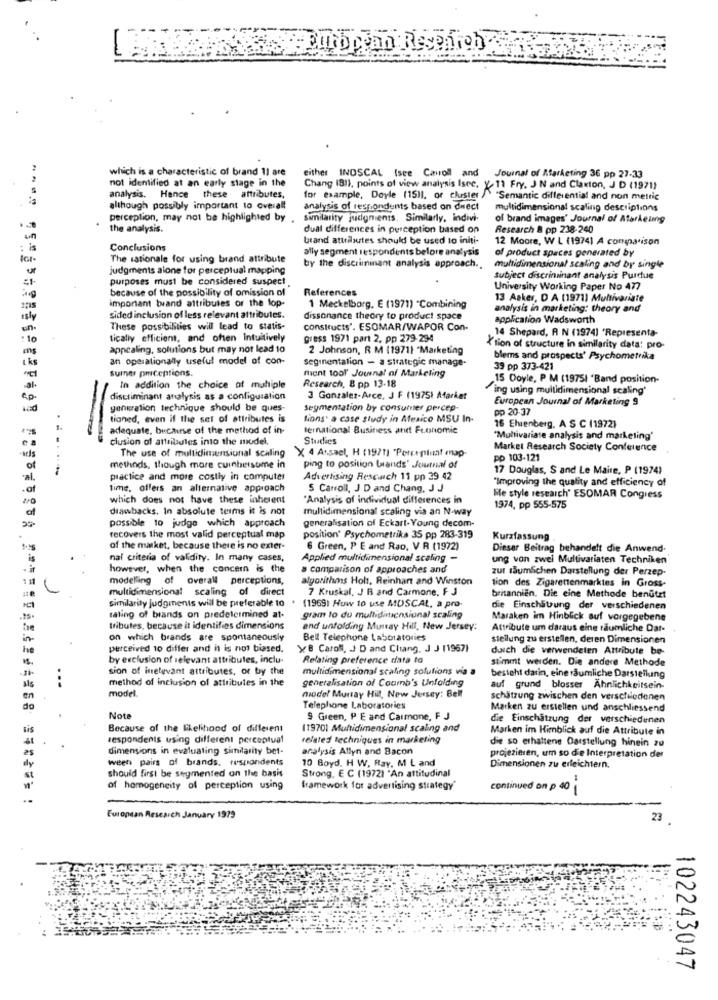
which is a characteristic of brand 11 are
either INOSCAL (see Cawoll and
Journal of Marketing 36 pp 27-33
not identified at an early stage in the
Chang 1811, points of view analysis Isec, y- 11 Fry, J N and Claxton, J D (1971)
analysis. Hence these attributes,
for example, Doyle (15)], or cluster /\ "Semantic differential and non metric
although possibly important to overall
analysis of respondents based on diect
multidimensional scaling descriptions
perception, may not be highlighted by
Similarity judgments. Similarly, indivi-
of brand images' Journal of Atorkeling
the analysis.
dual differences in perception based on
Research & pp 238-240
brand attributes should be used to initi-
12 Moore, W L (19741 A comparison
Conclusions
ally segment respondents before analysis
of product spaces generated by
The rationale for using brand attribute
ur
judgments alone for perceptual mapping
by the discriminant analysis approach.
multidimensional scaling and by single
purposes must be considered suspect,
subject discriminant analysis Purdue
because of the possibility of omission of
References
University Working Paper No 477
important band attributes or the lop-
13 Asker, D A (1971) Multivariate
2:15
1 Meckelborg, E (1971) "Combining
analysis in marketing: theory and
isly
sided inclusion of less relevant attribules.
dissonance theory to product space
application Wadsworth
These possibilities will lead to statis-
constructs'. ESOMAR/WAPOR Con-
14 Shepard, R N (1974] 'Representa-
: 10
tically efficient, and often Intuitively
gress 1971 part 2, pp 279-294
appealing, solutions but may not lead 10
2 Johnson, R M (19711 "Marketing
X'tion of structure in similarity data: pro-
1 ks
an operationally useful model of con-
seginentalion - a strategic manage-
blems and prospects' Psychometrika
sumner priceptions.
ment tool' Journal of Marketing
39 pp 373-421
Research, 8 pp 13-18
15 Doyle, P M (1975l 'Band position-
In addition the choice of multiple
"ing using multidimensional scaling'
a.p .
discriminant analysis as a configuration
3 Gonzalez-Arce, J F (19751 Market
European Journal of Marketing 9
vad
generation technique should be ques-
segmentation by consulter percep-
pp 20-37
tioned, even if the set of attributes is
Lions. a case study in Mexico MSU In-
16 Ehrenberg. A S C (1972)
-
adequate, because of the method of in-
ternational Business and Fronomic
clusion of attributes into the mudel.
"Multivariate analysis and marketing'
The use of multidimensional scaling
Market Research Society Conference
X 4 Assael, H (1971) "Perceptual map-
po 103-121
of
methinds, though more cuinbersume in
ping to position (rands' Journal of
17 Douglas, S and Le Maire, P (1974)
practice and more costly in computer
Advertising Research 11 pp 29 42
"Improving the quality and efficiency of
.of
time, offers an alternative approach
5 Carroll, J D and Chang, J J
which does not have these inherent
'Analysis of individual differences in
Me style research' ESOMAR Congress
of
drawbacks. In absolute terms it is not
multidimensional scaling via an N-way
1974, pp 555-575
possible 10 judge which approach
generalisation of Eckart-Young decom-
recovers the most valid perceptual map
position' Psychometrika 35 pp 283-319
Kurzfassung
of the market, because there is no exter-
6 Green, P E and Rap, V R (1972)
Dieser Beitrag behandelt die Anwend-
nal criteria of validity. In many cases,
Applied multidimensional scaling -
ung von zwei Multivariaten Techniken
however, when the concern is the
a comparison of approaches and
zur räumlichen Darstellung der Perzep-
modelling of overall perceptions,
algorithms Holt, Reinhart and Winston
tion des Zigarettenmarktes in Gross-
multidimensional scaling of direct
7 Kruskal, J B and Carmone, F J
similarity judgments will be preferable to
britannien. Die eine Methode benutzt
(1969) How to use MOSCAL, a pro
die Einschätzung der verschiedenen
rating of brands on predetermined at-
gram lo du multidimensional scaling
Maraken im Hinblick auf vorgegebene
tributes, because it identifies dimensions
and unfolding Murray Hill, New Jersey:
Attribute um daraus eine räumliche Dar-
on which brands are spontaneously
Bell Telephone Laboratories
stellung zu erstellen, deren Dimensionen
perceived 10 differ and h is nos biased.
y8 Caroli, J D and Chiang. J J (19671
durch die verwendeten Attribute be-
by exclusion of relevant attributes, inclu-
Relating preference data to
stimmt werden. Die andere Methode
sion of inetevant attributes, or by the
multidimensional scaling solutions via a
method of inclusion of attributes in the
generalisation of Coumb's Unfolding
besteht darin, eine räumliche Darstellung
model.
auf grund blosser Ähnlichkeitsein-
en
model Murray Hill, New Jersey: Bell
schätzung zwischen den verschiedenen
do
Telephone Laboratories
Marken zu erstellen und anschliessend
Note
9 Green, P E and Carmone, F J
die Einschätzung der verschiedenen
sis
Because of the likelihood of different
(1970) Multidimensional scaling and
Marken im Hinblick auf die Attribute in
respondents using different perceptual
related techniques in marketing
die so erhattene Darstellung hinein 20
dimensions in evaluating similarity bet-
analysis Allyn and Bacon
ween pairs of brands. respondents
projezieren, um so die Interpretation der
should first be seymented on the basis
10 Boyd. H W, Ray, M L and
Strong, E C (1972) "An attitudinal
Dimensionen zu erleichtern.
of homogeneity of perception using
framework for advertising strategy'
continued on p 40
European Research January 1979
23
102243047